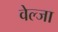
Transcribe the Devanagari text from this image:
वेल्जा